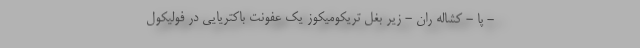
- پا - کشاله ران - زیر بغل تریکومیکوز یک عفونت باکتریایی در فولیکول